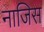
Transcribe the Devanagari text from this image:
नाजिस